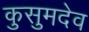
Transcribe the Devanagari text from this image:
कुसुमदेव